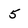
Character: 5